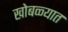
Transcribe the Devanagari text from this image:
खोबळ्यात